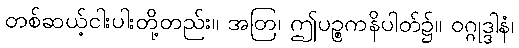
တစ်ဆယ့်ငါးပါးတို့တည်း။ အတြ၊ ဤပဉ္စကနိပါတ်၌။ ဝဂ္ဂုဒ္ဒါနံ၊